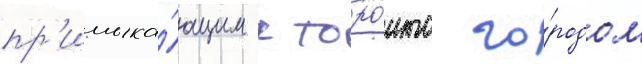
пр'имыка́ющим к торо́нто го́родом